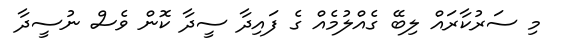
މި ސަރުކާރައް ލިބޭ ގެއްލުމެއް ގެ ފައިދާ ސީދާ ކޮން ވެސް ނުސީދާ